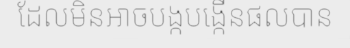
ដែលមិនអាចបង្កបង្កើនផលបាន